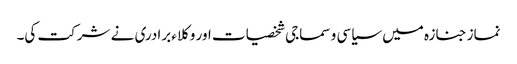
نماز جنازہ میں سیاسی و سماجی شخصیات اور وکلاء برادری نے شرکت کی۔